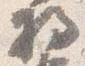
将